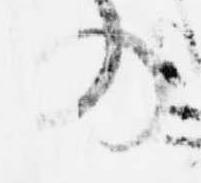
の